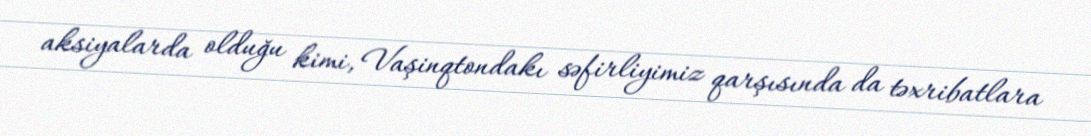
aksiyalarda olduğu kimi, Vaşinqtondakı səfirliyimiz qarşısında da təxribatlara